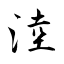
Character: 淕